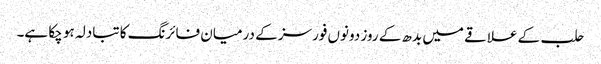
حلب کے علاقے میں بدھ کے روز دونوں فورسز کے درمیان فائرنگ کا تبادلہ ہو چکا ہے۔